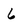
Character: 6